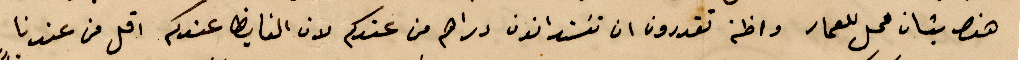
هنا بشان محل للعمار واظن تقدرون ان %% دراهم من عندكم لان %% الفايض عندكم اقل من عندنا